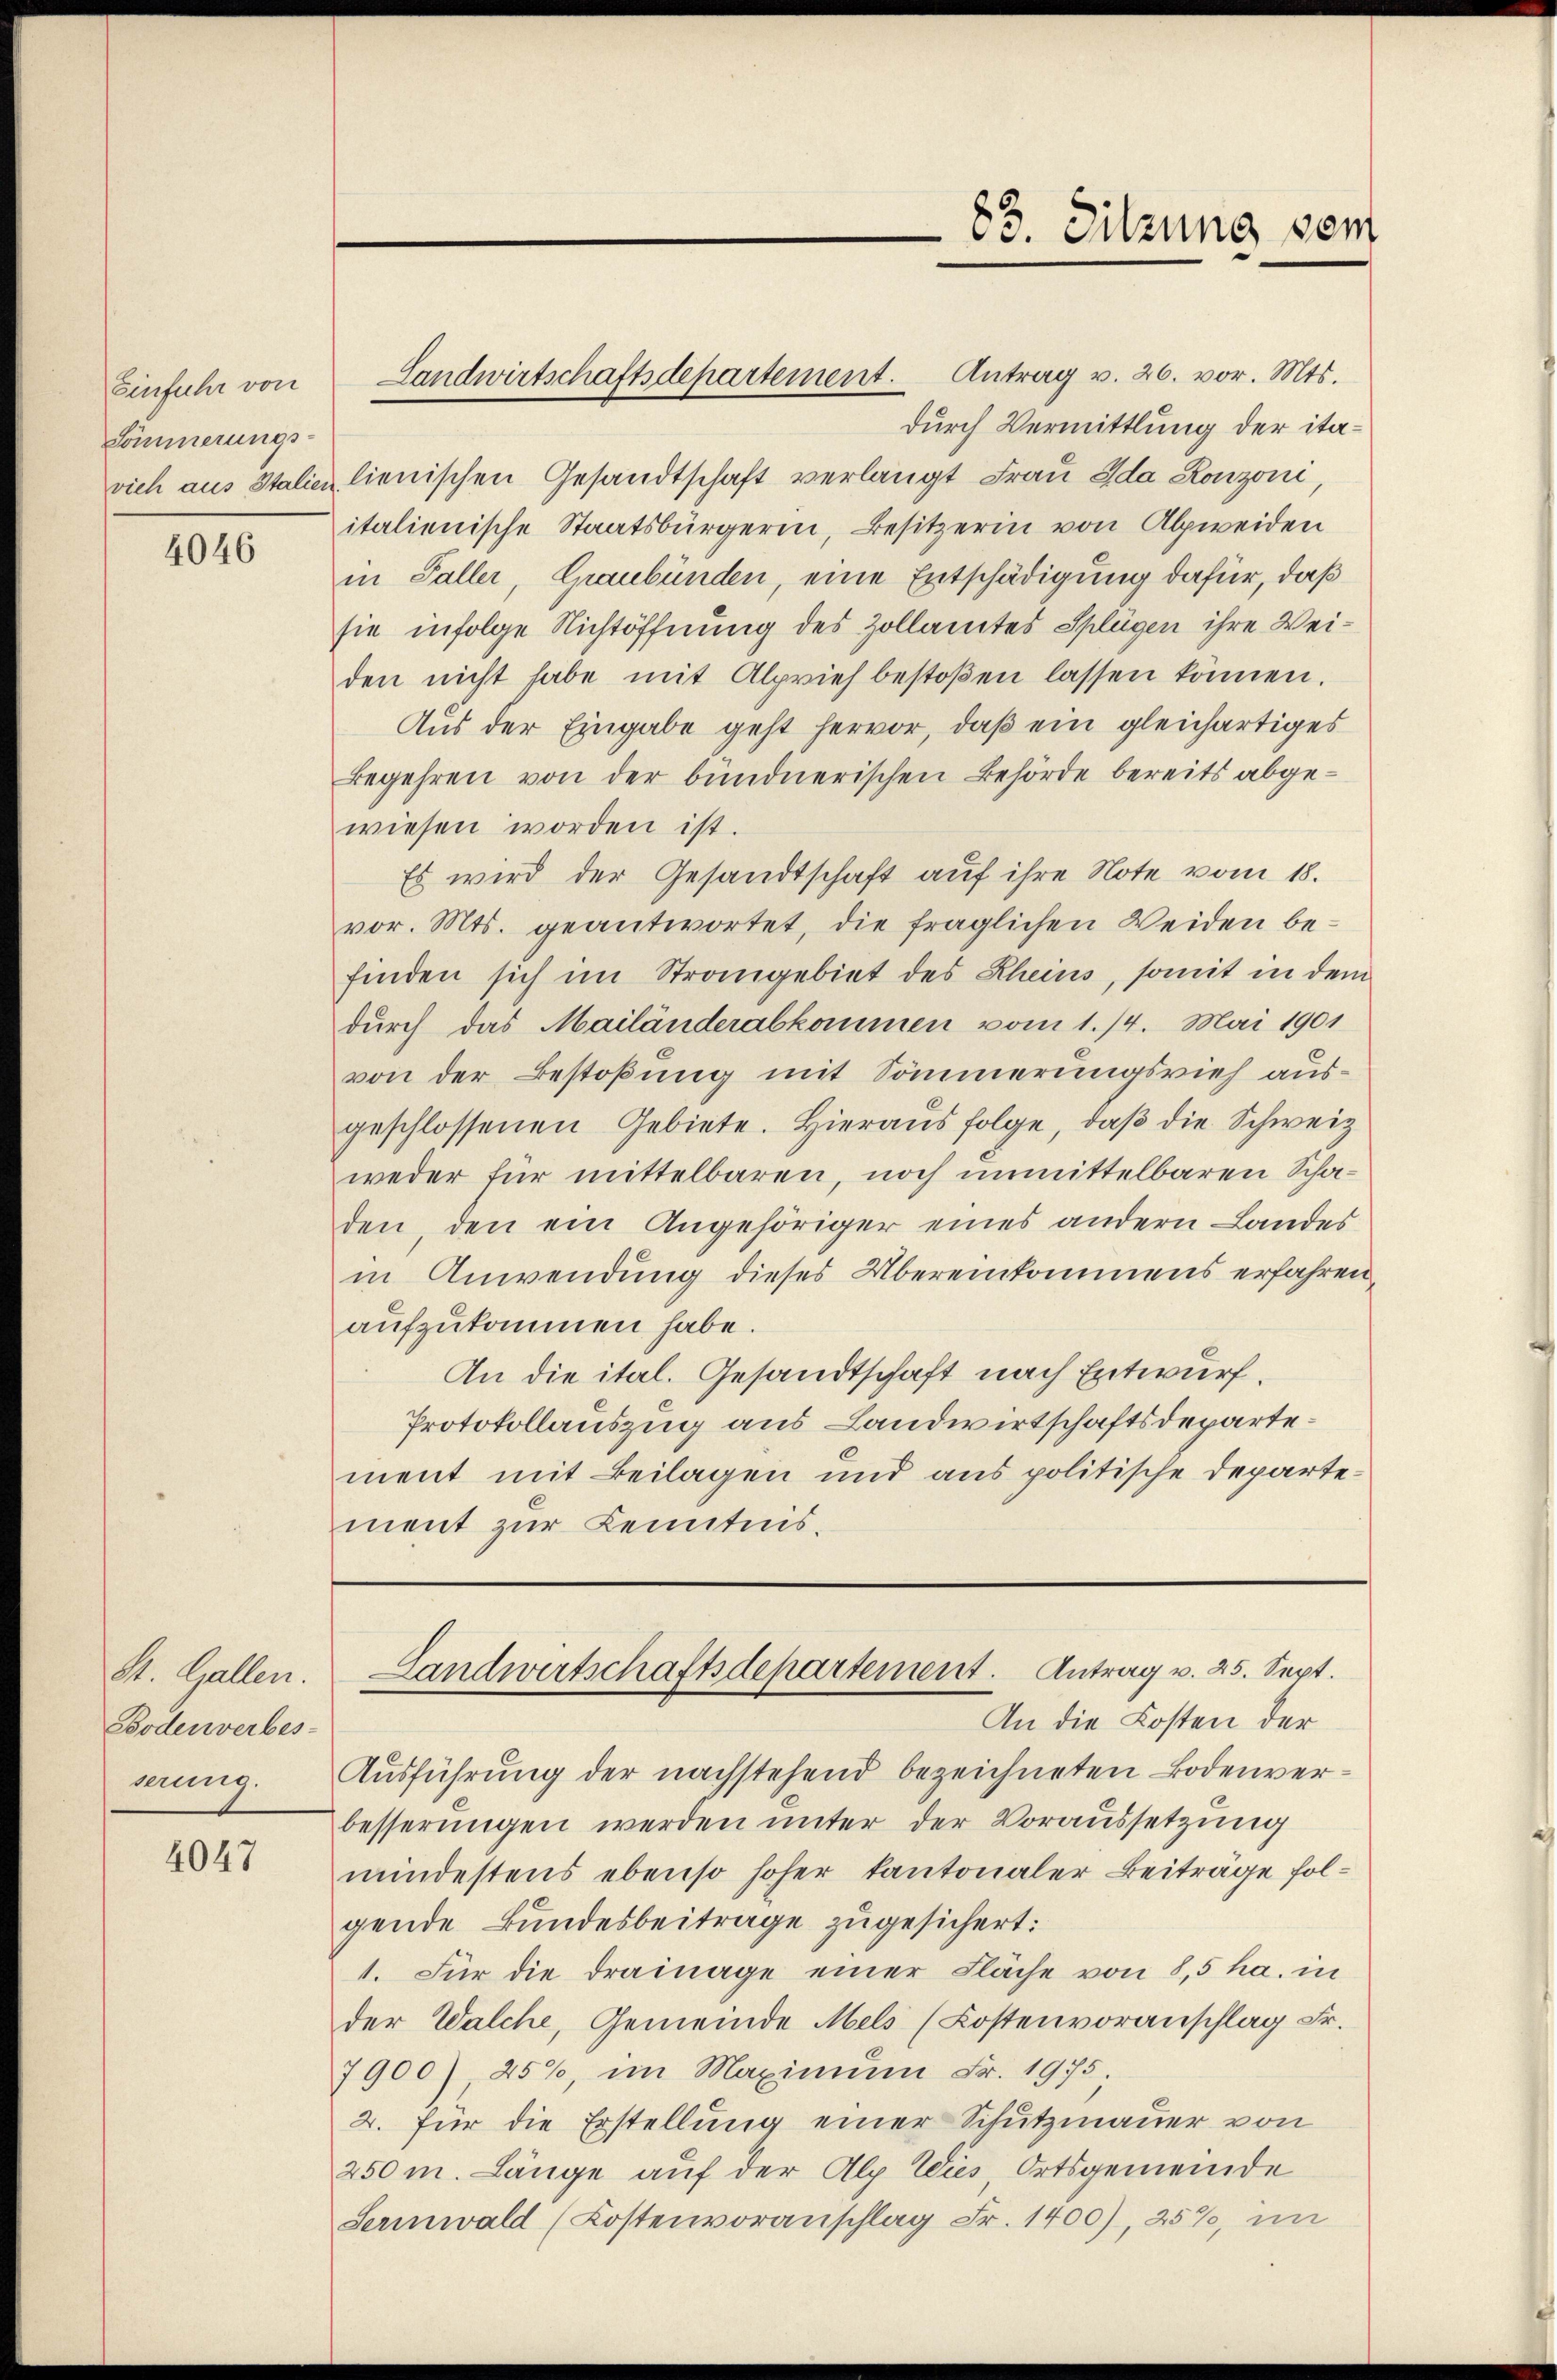
Einfuhr von
Sömmerungs-

4046

St. Gallen.
Bodenverbes-
serung.

4047

durch Vermittlung der itavieh aus Italicz lienischen Gesandtschaft verlangt Frau Ida Ronzoni,
italienische Staatsbürgerin, Besitzerin von Alpweiden
in Faller, Graubünden, eine Entschädigung dafür, daß
sie infolge Nichtöffnung des Zollamtes Splügen ihre Weiden nicht habe mit Alprief bestoßen lassen können.
Aus der Eingabe geht hervor, daß ein gleichartiges
Begehren von der bündnerischen Behörde bereits abgewiesen worden ist.
Es wird der Gesandtschaft auf ihre Note vom 18.
vor. Mts. geantwortet, die fraglichen Weiden befinden sich im Strangebiet des Rheins, somit in dem
durch das Mailänderabkommen vom 1. 14. Mai 1901
von der Bestoßung mit Sommerungsvieh ausgeschlossenen Gebiete. Hieraŭs folge, daβ die Schweiz
weder für mittelbaren, noch unmittelbaren Schaden den ein Angehöriger eines andern Landes
in Anwendung dieses Übereinkommens erfahren,
aufzukommen habe.
An die ital. Gesandtschaft nach Entwurf.
Protokollauszug aus Landwirtschaftsdepartement mit Beilagen und aus politische Departement zur Kenntnis.

Landwirtschaftsdepartement. Antrag v. 26. vor. Mts.

83. Sitzung vom

Landwirtschaftsdepartement. Antrag v. 25. Sept.

An die Kosten der
Ausführung der nachstehend bezeichneten Bodenverbesserungen werden unter der Voraussetzung
mindestens ebenso hoher kantonaler Beiträge folgende Bundesbeiträge zugesichert:
1. Für die drainage einer Fläche von 8,5 ha. in
der Walche, Gemeinde Mels (Kostenvoranschlag Fr.
7900) 250, im Maximum Fr. 1975
2. für die Erstellung einer Schutzmauer von
250m Länge auf der Alp Wies, Ortsgemeinde
Sernwald (Kostenvoranschlag Fr. 1400), 257, im